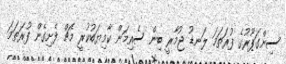
ސިންގަޕޫރުގެ ފުރަތަމަ ލަނޑު ޖުމާރީ ބިން ސެއިމަން ކާމިޔަބުކުރީ މެޗް ފެށިގެން ފުރަތަމަ